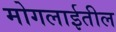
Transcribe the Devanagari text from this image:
मोगलाईतील